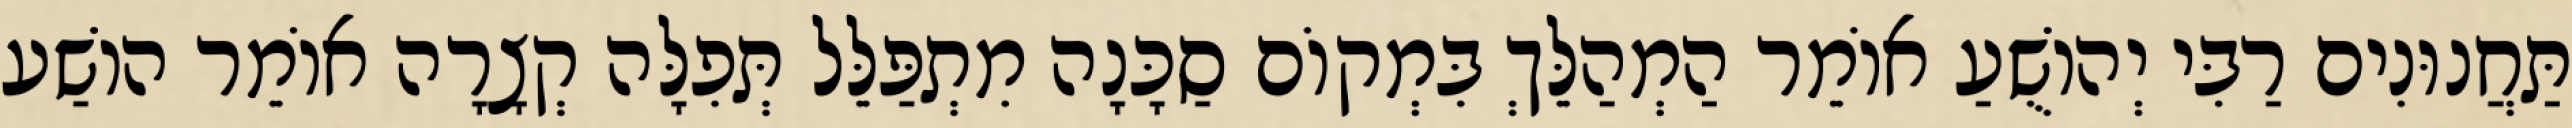
תַּחֲנוּנִים רַבִּי יְהוֹשֻׁעַ אוֹמֵר הַמְהַלֵּךְ בִּמְקוֹם סַכָּנָה מִתְפַּלֵּל תְּפִלָּה קְצָרָה אוֹמֵר הוֹשַׁע